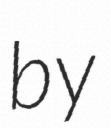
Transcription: by